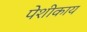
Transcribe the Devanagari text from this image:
पेशीकाय